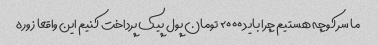
ما سر کوچه هستیم چرا باید ۲۰۰۰ تومان پول پیک پرداخت کنیم این واقعا زوره